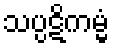
သပ္ပဋိကမ္မံ